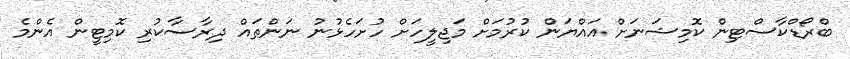
ބްރޯޑްކާސްޓިން ކޮމިޝަނަށް އައްޔަން ކުރުމަށް މަޖިލީހަށް ހުށަހެޅުނު ނަންތައް ދިރާސާކުރި ކޮމިޓީން އެންމެ